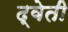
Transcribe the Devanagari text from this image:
द्वेती